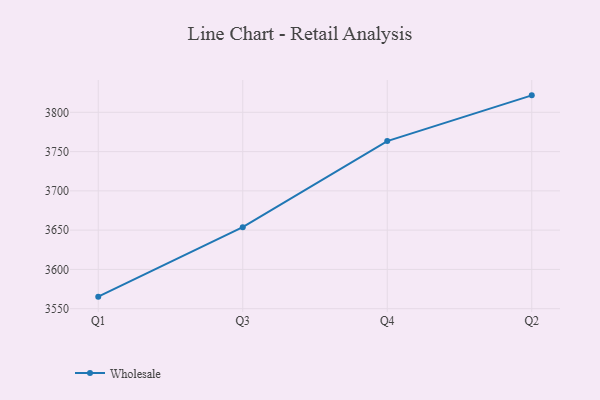
{"axis": {"x": "Quarter", "y": "Inventory Turnover"}, "legend": ["Wholesale"], "data": [{"x": "Q1", "y": 3565.3, "type": "Wholesale"}, {"x": "Q3", "y": 3653.8, "type": "Wholesale"}, {"x": "Q4", "y": 3763.4, "type": "Wholesale"}, {"x": "Q2", "y": 3821.6, "type": "Wholesale"}]}